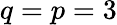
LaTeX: q=p=3